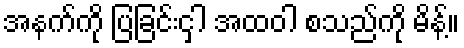
အနက်ကို ပြခြင်းငှါ အထဝါ စသည်ကို မိန့်။